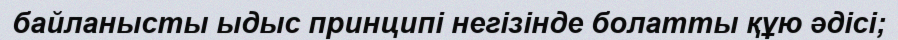
байланысты ыдыс принципі негізінде болатты құю әдісі;